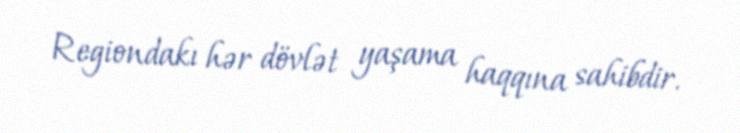
Regiondakı hər dövlət yaşama haqqına sahibdir.